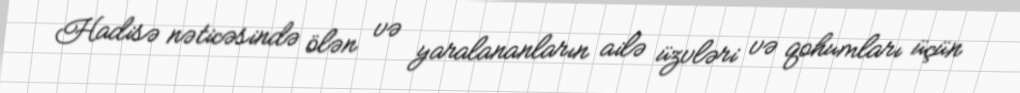
Hadisə nəticəsində ölən və yaralananların ailə üzvləri və qohumları üçün